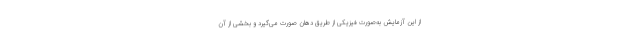
از این آزمایش به‌صورت فیزیکی از طریق دهان صورت می‌گیرد و بخشی از آن